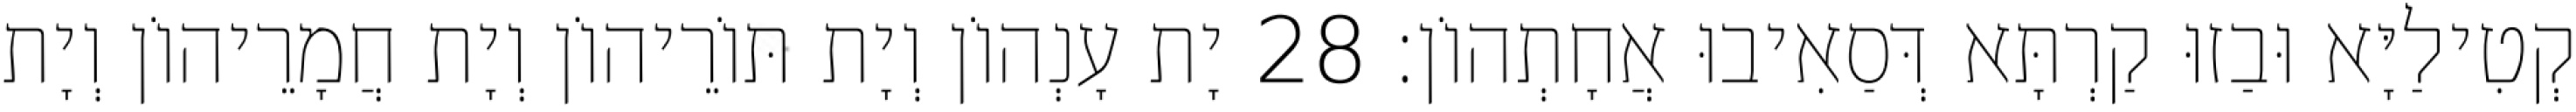
קְטִילַיָּא וּבַזוּ קַרְתָּא דְּסַאִיבוּ אֲחָתְהוֹן׃ 28 יָת עָנְהוֹן וְיָת תּוֹרֵיהוֹן וְיָת חֲמָרֵיהוֹן וְיָת